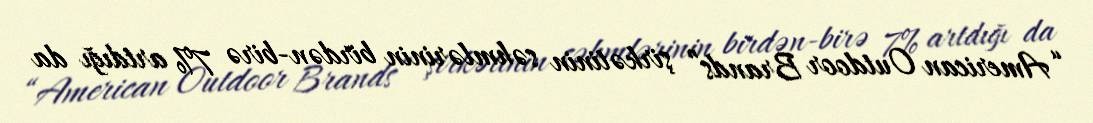
“American Outdoor Brands” şirkətinin səhmlərinin birdən-birə 7% artdığı da